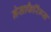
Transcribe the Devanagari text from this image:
नेसाफैरिंग्स